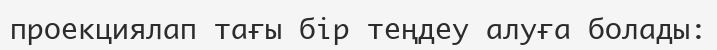
проекциялап тағы бір теңдеу алуға болады: